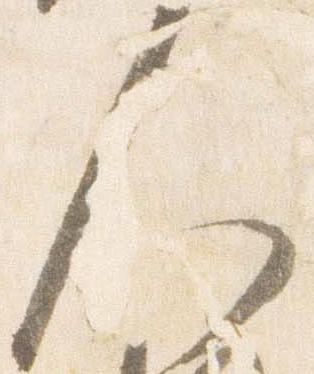
人